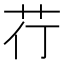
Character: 𮎡